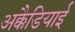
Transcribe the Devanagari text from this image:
अक्कैडियाई